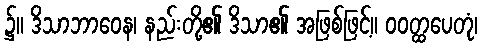
၌။ ဒိသာဘာဝေန၊ နည်းတို့၏ ဒိသာ၏ အဖြစ်ဖြင့်။ ဝဝတ္ထပေတုံ၊